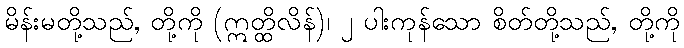
မိန်းမတို့သည်, တို့ကို (ဣတ္ထိလိန်)၊ ၂ ပါးကုန်သော စိတ်တို့သည်, တို့ကို